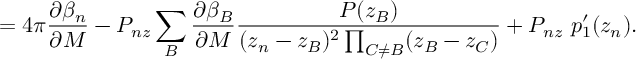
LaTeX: = 4 \pi \frac { \partial \beta _ { n } } { \partial M } - P _ { n z } \sum _ { B } \frac { \partial \beta _ { B } } { \partial M } \frac { { \cal P } ( z _ { B } ) } { ( z _ { n } - z _ { B } ) ^ { 2 } \prod _ { C \neq B } ( z _ { B } - z _ { C } ) } + P _ { n z } ~ p _ { 1 } ^ { \prime } ( z _ { n } ) .